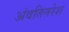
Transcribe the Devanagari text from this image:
अंवतिनरेश